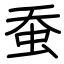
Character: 蚕